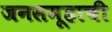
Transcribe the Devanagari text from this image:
जनसमूहाची